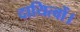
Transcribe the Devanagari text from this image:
दायित्वों।